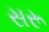
સરૂ